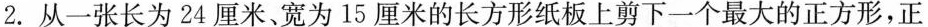
2.从一张长为24厘米、宽为15厘米的长方形纸板上剪下一个最大的正方形，正